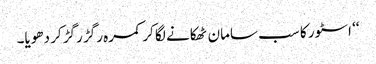
‘‘ اسٹور کا سب سامان ٹھکانے لگا کر کمرہ رگڑ رگڑ کر دھویا۔